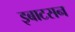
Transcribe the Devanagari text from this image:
इबाटसन